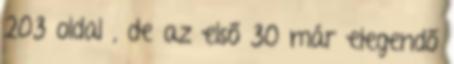
203 oldal , de az első 30 már elegendő